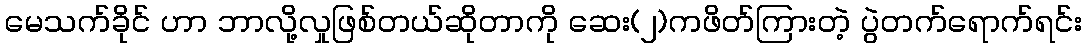
မေသက်ခိုင် ဟာ ဘာလို့လှုဖြစ်တယ်ဆိုတာကို ဆေး(၂)ကဖိတ်ကြားတဲ့ ပွဲတက်ရောက်ရင်း